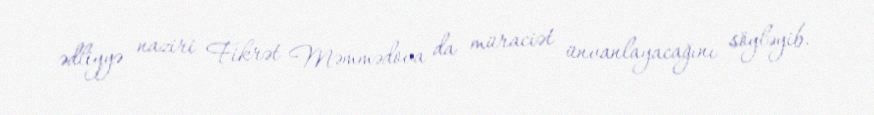
ədliyyə naziri Fikrət Məmmədova da müraciət ünvanlayacağını söyləyib.